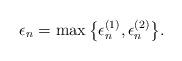
LaTeX: \begin{align*}\epsilon_n=\max\big\{\epsilon_n^{(1)},\epsilon_n^{(2)}\big\}.\end{align*}